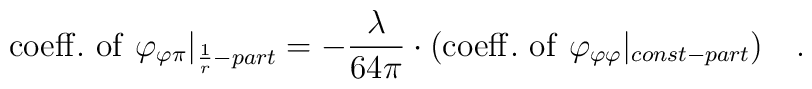
{\rm coeff. \ of \ }\varphi_{\varphi\pi}|_{\frac{1}{r}-part}=-\frac{\lambda}{64\pi}\cdot({\rm coeff. \ of \ }\varphi_{\varphi\varphi}|_{const-part}) \ \ \ .